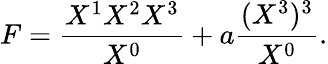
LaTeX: F={\frac{X^{1}X^{2}X^{3}}{X^{0}}}+a{\frac{(X^{3})^{3}}{X^{0}}}.